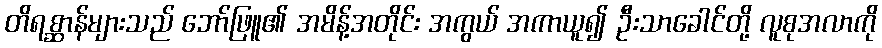
တိရစ္ဆာန်များသည် ဘော်ဖြူ၏ အမိန့်အတိုင်း အကွယ် အကာယူ၍ ဦးသာခေါင်တို့ လူစုအလာကို